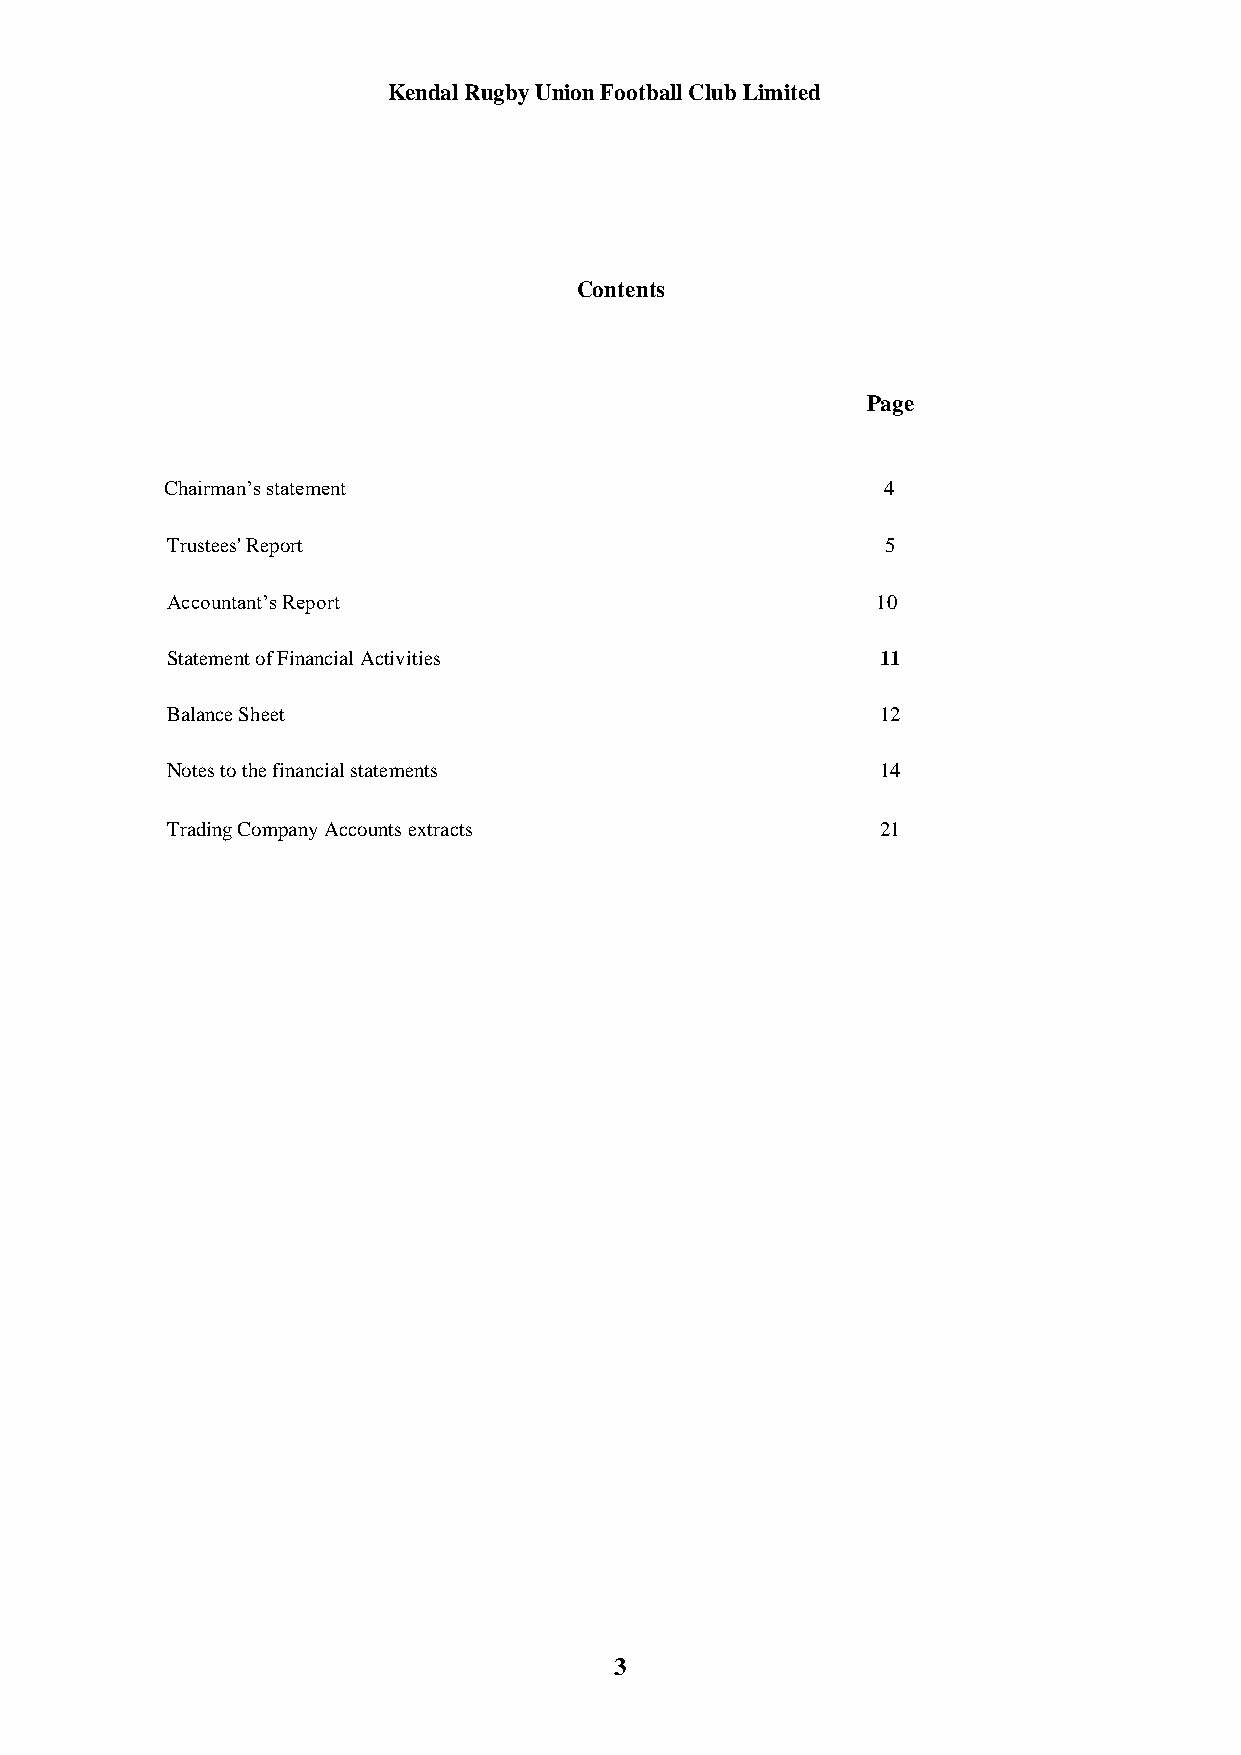
Kendal Rugby Union Football Club Limited
 Contents
 Page
 Chairman’s statement                           4
 Trustees' Report                                5
 Accountant’s Report                            10
 Statement of Financial Activities              11
 Balance Sheet                                  12
 Notes to the financial statements              14
 Trading Company Accounts extracts              21
 3